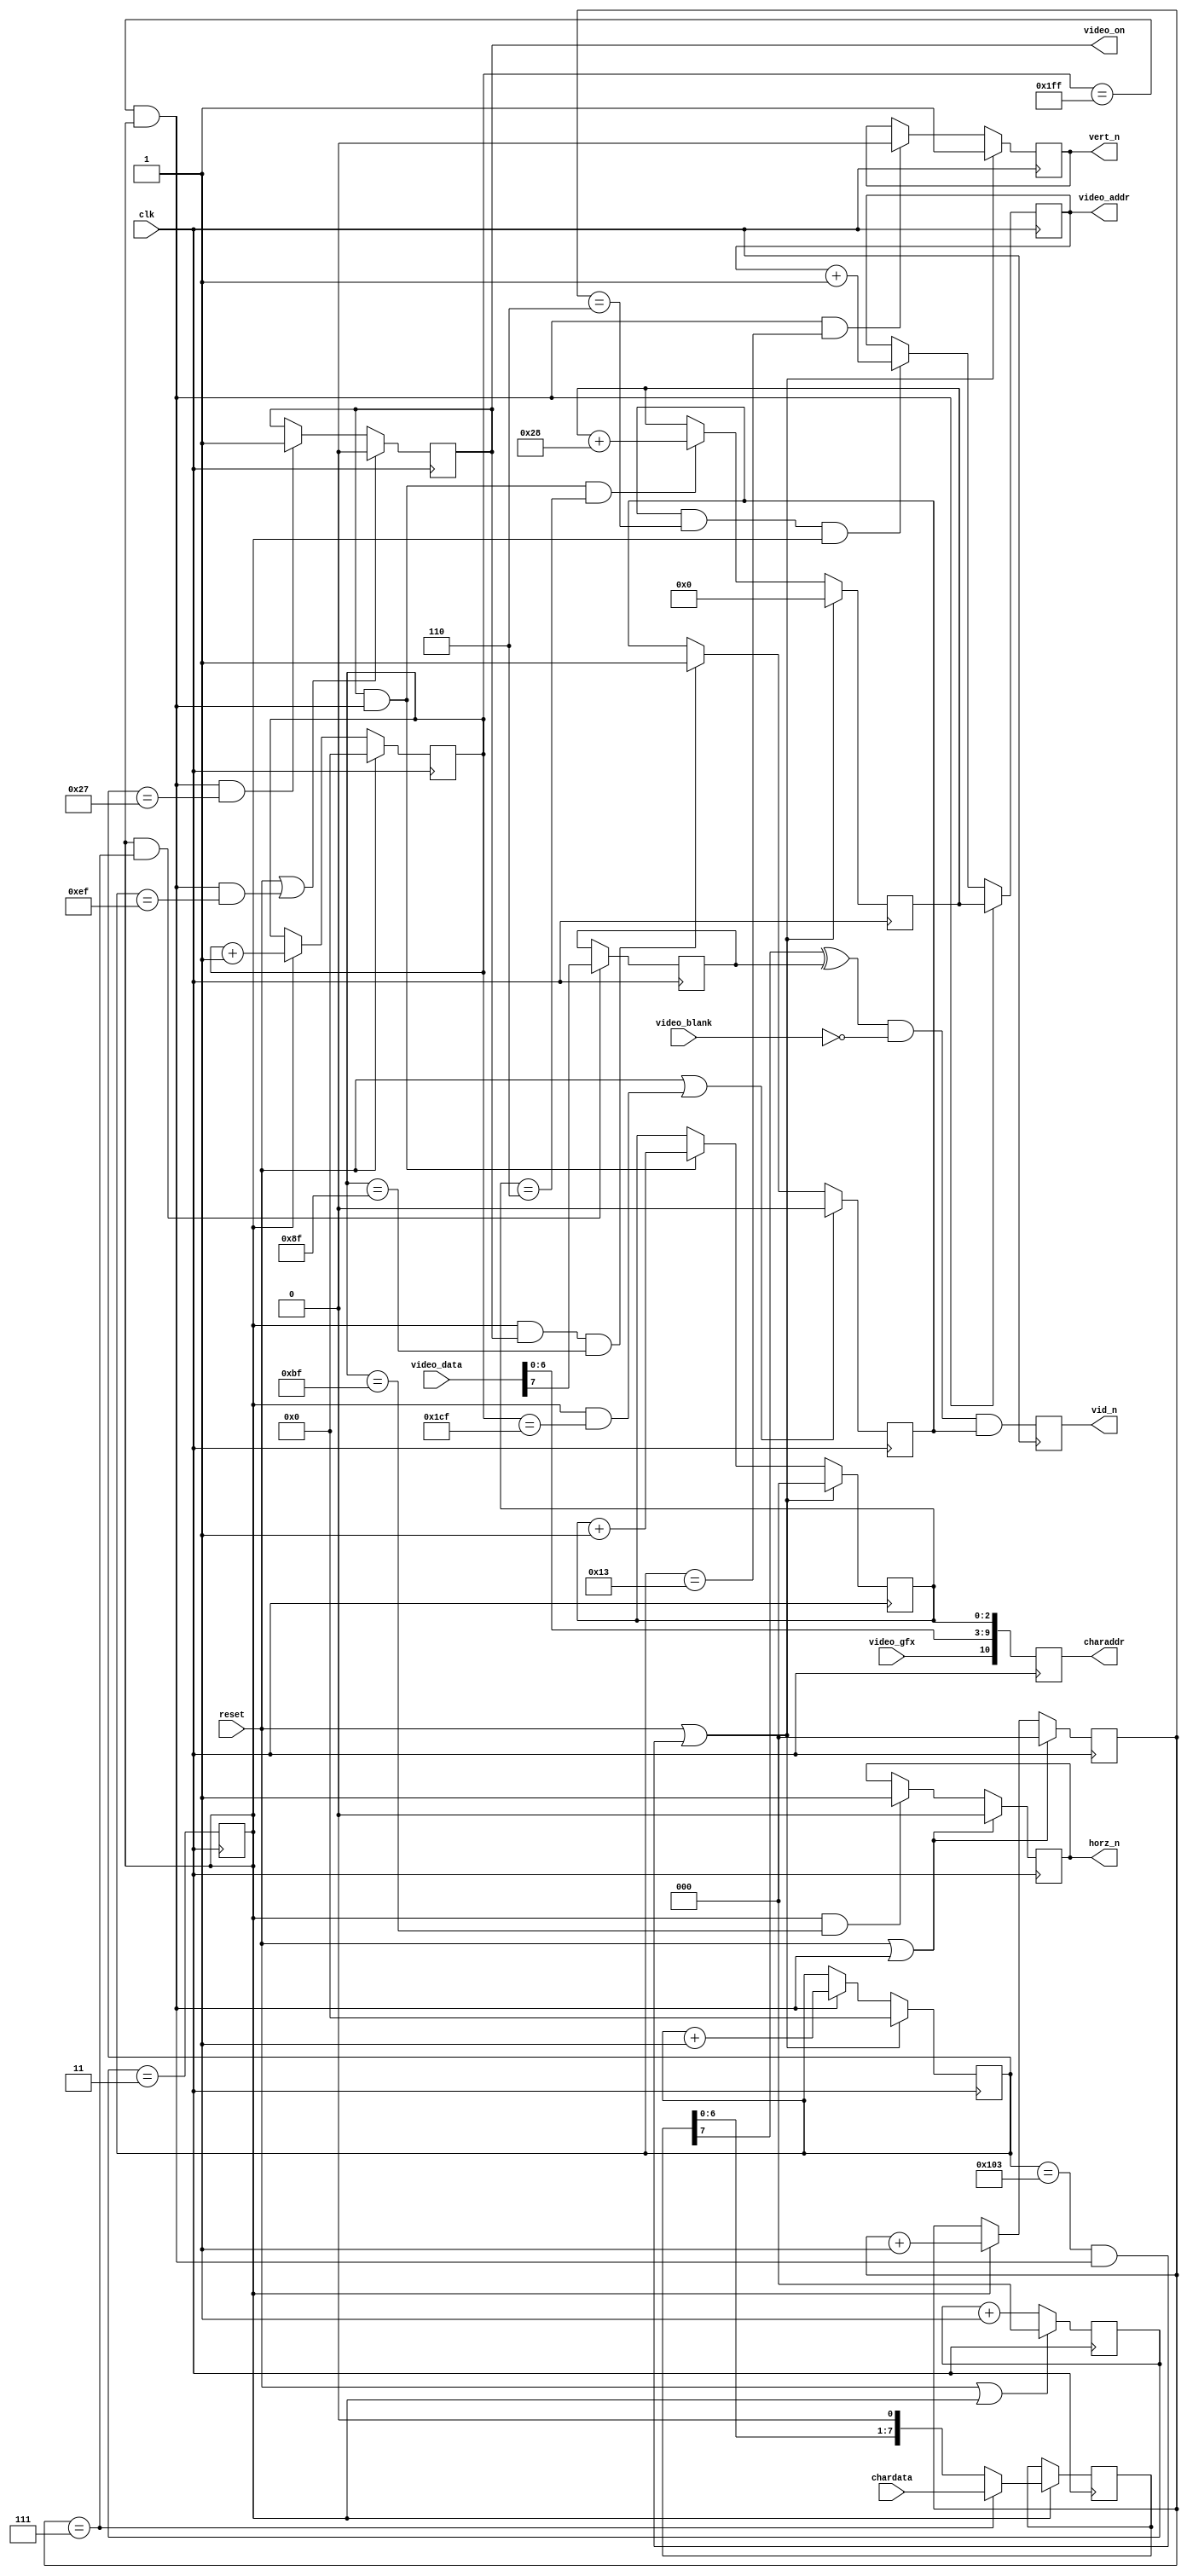
`timescale 1ns / 1ps
//////////////////////////////////////////////////////////////////////////
//
//
//
// Module Name: pet2001vid
//
// Description:   Implement Pet 2001 video logic.
//
/////////////////////////////////////////////////////////////////////////////
//////////////////////////////////////////////////////////////////////////////
//
// Copyright (C) 2011, 2015 Thomas Skibo.  All rights reserved.
//
// Redistribution and use in source and binary forms, with or without
// modification, are permitted provided that the following conditions are met:
// * Redistributions of source code must retain the above copyright
//   notice, this list of conditions and the following disclaimer.
// * Redistributions in binary form must reproduce the above copyright
//   notice, this list of conditions and the following disclaimer in the
//   documentation and/or other materials provided with the distribution.
// * The names of contributors may not be used to endorse or promote products
//   derived from this software without specific prior written permission.
//
// THIS SOFTWARE IS PROVIDED BY THE COPYRIGHT HOLDERS AND CONTRIBUTORS "AS IS"
// AND ANY EXPRESS OR IMPLIED WARRANTIES, INCLUDING, BUT NOT LIMITED TO, THE
// IMPLIED WARRANTIES OF MERCHANTABILITY AND FITNESS FOR A PARTICULAR PURPOSE
// ARE DISCLAIMED. IN NO EVENT SHALL Thomas Skibo OR CONTRIBUTORS BE LIABLE FOR
// ANY DIRECT, INDIRECT, INCIDENTAL, SPECIAL, EXEMPLARY, OR CONSEQUENTIAL
// DAMAGES (INCLUDING, BUT NOT LIMITED TO, PROCUREMENT OF SUBSTITUTE GOODS OR
// SERVICES; LOSS OF USE, DATA, OR PROFITS; OR BUSINESS INTERRUPTION) HOWEVER
// CAUSED AND ON ANY THEORY OF LIABILITY, WHETHER IN CONTRACT, STRICT
// LIABILITY, OR TORT (INCLUDING NEGLIGENCE OR OTHERWISE) ARISING IN ANY WAY
// OUT OF THE USE OF THIS SOFTWARE, EVEN IF ADVISED OF THE POSSIBILITY OF
// SUCH DAMAGE.
//
//////////////////////////////////////////////////////////////////////////////

module pet2001vid(output reg        vid_n,      // Pet video interface
                  output reg        vert_n,
                  output reg        horz_n,

                  output reg [9:0]  video_addr, // Video RAM intf
                  input [7:0]       video_data,

                  output reg [10:0] charaddr,   // char rom intf
                  input [7:0]       chardata,

                  output            video_on,   // control sigs
                  input             video_blank,
                  input             video_gfx,

                  input             reset,
                  input             clk         // 80Mhz input clock
                  );

    ////////////////////////////// video counters //////////////////////////
    //
    reg [8:0]   h_counter;
    reg [8:0]   v_counter;
    wire        next_line;
    wire        next_screen;
    reg [2:0]   clk_div_cnt;
    reg         clk_div;

    // Create pixel clock by dividing 40Mhz clock by 5
    always @(posedge clk)
        if (reset || clk_div)
            clk_div_cnt <= 3'd0;
        else
            clk_div_cnt <= clk_div_cnt + 1'b1;

    // 8Mhz pulse used as pixel clock everywhere.
    always @(posedge clk)
        clk_div <= (clk_div_cnt == 3'd3);

    // 64us horizontal lines
    always @(posedge clk)
        if (reset)
            h_counter <= 9'd0;
        else if (clk_div)
            h_counter <= h_counter + 1'b1;

    assign next_line = (h_counter == 9'd511) && clk_div;

    // count lines
    always @(posedge clk)
        if (reset || next_screen)
            v_counter <= 9'd0;
        else if (next_line)
            v_counter <= v_counter + 1'b1;

    assign next_screen = (v_counter == 9'd259) && next_line;

    // Generate horz and vert sync pulses
    always @(posedge clk)
        if (reset || next_line)
            horz_n <= 1'b0;
        else if (clk_div && h_counter == 9'd191)
            horz_n <= 1'b1;

    always @(posedge clk)
        if (reset || next_screen)
            vert_n <= 1'b1;
        else if (next_line && v_counter == 9'd19)
            vert_n <= 1'b0;

    ////////// Pet 320x200 display
    //
    reg [2:0]   pixel_xbit;     // 0-7: video bit within byte
    reg [2:0]   pixel_ybit;     // 0-7: row within char
    reg         is_pet_row;     // is a row in pet video region
    reg         is_pet_col;     // is a column in pet video region

    // "window" within display
    localparam [9:0]
        PET_WINDOW_TOP =    9'd40,
        PET_WINDOW_LEFT =   9'd143,
        PET_WINDOW_BOTTOM = PET_WINDOW_TOP + 9'd200,
        PET_WINDOW_RIGHT =  PET_WINDOW_LEFT + 9'd320;

    always @(posedge clk)
        if (reset || (next_line && v_counter == PET_WINDOW_BOTTOM - 1))
            is_pet_row <= 1'b0;
        else if (next_line && v_counter == PET_WINDOW_TOP - 1)
            is_pet_row <= 1'b1;

    always @(posedge clk)
        if (reset || (clk_div && h_counter == PET_WINDOW_RIGHT))
            is_pet_col <= 1'b0;
        else if (clk_div && is_pet_row && h_counter == PET_WINDOW_LEFT)
            is_pet_col <= 1'b1;

    always @(posedge clk)
        if (reset || next_screen)
            pixel_ybit <= 3'd0;
        else if (is_pet_row && next_line)
            pixel_ybit <= pixel_ybit + 1'b1;

    always @(posedge clk)
        if (reset || next_line)
            pixel_xbit <= 3'd0;
        else if (clk_div)
            pixel_xbit <= pixel_xbit + 1'b1;

    // This signal is used to generate 60hz interrupts and was used on
    // original PET to avoid "snow" on the display by preventing simultaneous
    // reads and writes to video RAM.
    assign video_on = is_pet_row;

    /////////////////////// Video RAM address generator ////////////////////

    // Keeps the video address of the leftmost character in current row.
    reg [9:0]   video_row_addr;
    always @(posedge clk)
        if (reset || next_screen)
            video_row_addr <= 10'd0;
        else if (is_pet_row && next_line && pixel_ybit == 3'd6)
            video_row_addr <= video_row_addr + 6'd40;

    // Keeps the video address of the current character.  Scans through
    // each row 8 times before video_row_addr is incremented.
    always @(posedge clk)
        if (next_line)
            video_addr <= video_row_addr;
        else if (is_pet_col && pixel_xbit == 3'd6 && clk_div)
            video_addr <= video_addr + 1'b1;

    // Generate an address into the character ROM.
    always @(posedge clk)
        charaddr <= {video_gfx, video_data[6:0], pixel_ybit[2:0]};

    // Shift register is loaded with character ROM data and spit out to screen.
    reg [7:0]   chardata_r;
    always @(posedge clk)
        if (clk_div) begin
            if (pixel_xbit == 3'd7)
                chardata_r <= chardata;
            else
                chardata_r <= {chardata_r[6:0], 1'b0};
        end

    // Is current character reverse video?
    reg char_invert;
    always @(posedge clk)
        if (clk_div && pixel_xbit == 3'd7)
            char_invert <= video_data[7];

    //////////////////////////////// Video Logic ////////////////////////////
    //
    wire pixel = (chardata_r[7] ^ char_invert) & ~video_blank & is_pet_col;

    always @(posedge clk)
        vid_n <= pixel;

endmodule // pet2001vid